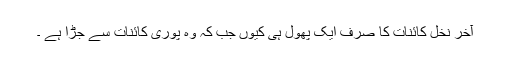
آخرِ نخلِ کائنات کا صرف ایک پھول ہی کیوں جب کہ وہ پوری کائنات سے جُڑا ہے ۔